Vaccination North-Western Provinces and Oudh 1878-1895 - 1878-1895
Year: 1878
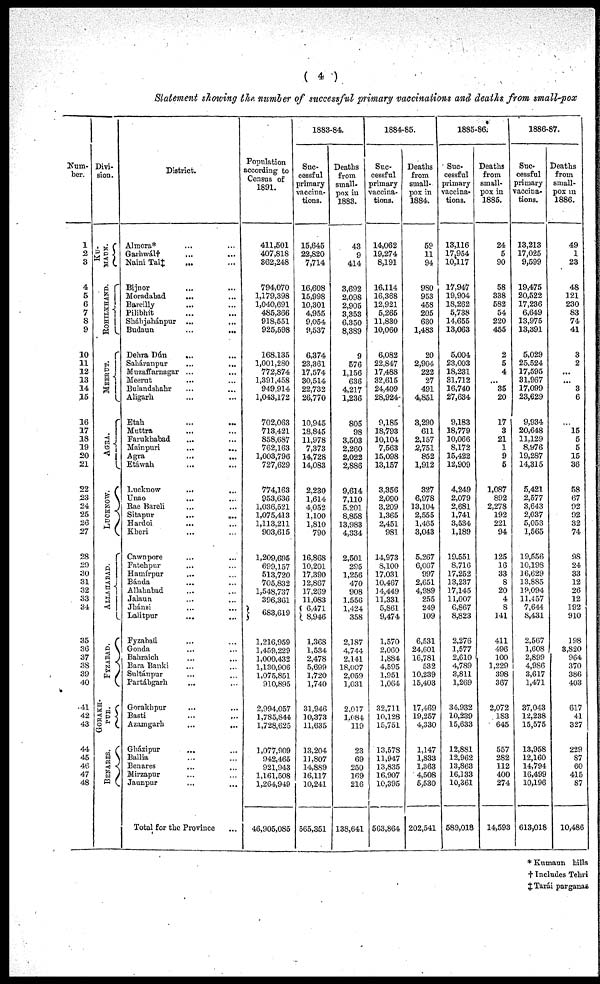
( 4 )
Statement showing the number of successful primary vaccinations and deaths from small-pox
Num-
ber.
1
2
3
4
5
6
V
8
9
10
11
12
13
14
15
16
17
18
19
20
21
22
23
24
25
26
27
28
29
30
31
32
33
34
35
36
37
38
39
40
41
42
43
44
45
46
47
48
Divi-
sion.
KU-
MAUN.
ROHILKHAND.
MEERUT.
AGRA.
LUCKNOW.
ALLAHABAD.
FYZABAD.
GORAKH-
PUR.
BENARES.
District.
Almora* ... ...
Garhwál† ... ...
Naini Tal‡ ... ...
Bijnor ... ...
Moradabad
...
Bareilly ... ...
Pilibhít ... ...
Sháhjahánpur ... ...
Budaun
...
...
Dehra Dún ... ...
Saháranpur ... ...
Muzaffarnagar ... ...
Meerut ... ...
Bulandshahr ... ...
Aligarh ... ...
Etab ... ...
Muttra ... ...
Farukhabad ... ...
Mainpuri
...
...
Agra ... ...
Etáwah ... ...
Lucknow ... ...
Unao ... ...
Rae Bareli ... ...
Sitapur
...
...
Havdoi ... ...
Kheri ... ...
Cawnpore ... ...
Fatehpur ... ...
Hamírpur ... ...
Bánda ... ...
Allahabad ... ...
Jalaun ... ...
Jhánsi ... ...
Lalitpur ... ...
Fyzabatl ... ...
Gonda ... ...
Babraich ... ...
Bara Banki ... ...
Sultánpur ... ...
Partábgarh ... ...
Gorakhpur ... ...
Basti
...
...
Azamgarh
...
...
Gházipur ... ...
Ballia ... ...
Benares ... ...
Mirzapur ... ...
Jaunpur ... ...
Total for the Province ...
Population
according to
Census of
1891.
411,501
407,818
362,248
794,070
1,179,398
1,040,691
485,366
918,551
925,598
168,135
1,001,280
772,874
1,391,458
949,914
1,043,172
702,063
713,421
858,687
762,163
1,003,796
727,629
774,163
953,636
1,036,521
1,075,413
1,113,211
903,615
1,209,695
699,157
513,720
705,832
1,548,737
396,361
683,619
1,216,959
1,459,229
1,000,432
1,130,906
1,075,851
910,895
2,994,057
1,7S5,844
1,728,625
1,077,909
942,465
921,943
1,161,508
1,264,949
46,905,085
1883-84.
Suc-
cessful
primary
vaccina-
tions.
15,645
22,820
7,714
16,608
15,998
10,301
4,955
9,054
9,537
6,374
23,361
17,574
30,514
22,732
26,770
10,945
18,845
11,978
7,373
14,728
14,083
2,230
1,614
4,052
1,100
1,810
790
16,868
10,201
17,390
12,867
17,269
11,083
6,471
8,946
1,368
1,534
2,478
5,699
1,720
1,740
31,946
10,373
11,635
1.3,204
11,807
14,889
16,117
10,241
565,351
Deaths
from
small-
pox in
1883.
43
9
414
3,692
2,098
2,905
3,353
6,350
8,389
9
576
1,156
636
4,217
1,236
805
98
3,503
2,260
2,022
2,886
9,614
7,110
5,201
8,858
13,983
4,334
2,501
295
1,256
470
908
1.556
1,424
358
2,187
4,744
2,141
18,007
2,059
1,031
2,017
l,084
119
23
69
250
169
216
138,641
1884-85.
Suc-
cessful
primary
vaccina-
tions.
14,062
19,274
8,191
16,114
16,368
12,921
5,265
11,830
10,060
6,082
22,847
17,488
32,615
24,409
28,924-
9,185
18,793
10,104
7,563
15,098
13,157
3,356
2,090
3,209
1,365
2,451
981
14,973
8,100
17,031
10,467
14,449
11,331
5,861
9,474
1,570
2,060
1,884
4,595
1,951
1,064
32,711
10,128
15,751
13,578
11,947
13,835
16,907
10,395
563,864
Deaths
from
small-
pox in
1884.
59
11
94
980
953
458
205
630
1,483
20
2,904
222
27
491
4,851
3,290
611
2,157
2,751
852
1,912
327
6,978
13,104
2,555
1,465
3,043
5,267
6,067
997
2,651
4,989
255
249
109
6,531
24,601
16,781
532
10,239
15,403
17,469
19,257
4,330
1,147
1,833
1,363
4,508
5,530
202,541
1885-86.
Suc-
cessful
primary
vaccina-
tions.
13,116
17,954
10,117
17,947
19,904
18,262
5,738
14,655
13,063
5,004
23,003
18,231
31,712
16,740
27,634
9,183
18,779
10,066
8,172
15,422
12,909
4,249
2,079
2,681
1,741
3,534
1,189
19,551
8,716
17,252
13,237
17,145
11,007
6,867
8,823
2,276
1,577
2,610
4,789
3,811
1,269
34,932
10,239
15,633
12,881
12,962
13,863
16,133
10,361
589,018
Deaths
from
small-
pox in
1885.
24
5
90
58
338
582
54
220
455
2
5
4
...
35
20
17
3
21
1
9
5
1,087
892
2,278
192
221
94
125
16
33
8
20
4
8
141
411
496
100
1,229
398
367
2,072
183
645
557
282
112
400
274
14,593
1886-87.
Suc
cessful
primary
vaccina-
tions.
13,213
17,025
9,599
19,475
20,522
17,236
6,649
13,975
13,391
5,029
25,524
17,595
31,967
17,099
23,629
9,934
20,648
11,129
8,976
19,287
14,315
5,421
2,577
3,643
2,037
5,053
1,565
19,556
10,198
16,629
13,885
19,094
11,457
7,644
8,431
2,567
1,608
2,899
4,986
3,617
1,471
37,043
12,238
15,575
13,958
12,160
14,794
16,499
10,196
613,018
Deaths
from
small-
pox in
1886.
49
1
23
48
121
230
83
74
41
3
2
...
...
3
6
l5
5
5
15
36
58
67
92
92
32
74
9S
24
33
12
26
12
192
910
198
3,820
964
370
386
403
617
41
327
229
87
60
415
87
10,486
* Kumaun hills
† Includes Tehri
‡ Tarái parganas